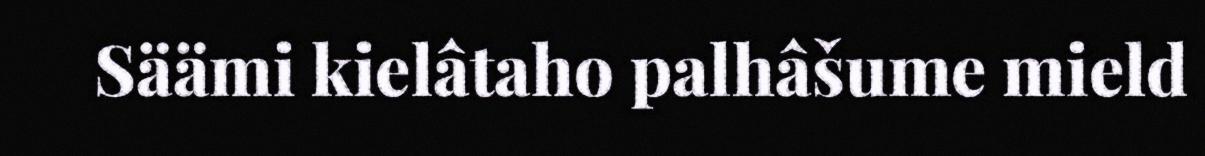
Säämi kielâtaho palhâšume mield